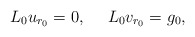
\begin{align*}L_0 u_{r_0} = 0,\ \ \ \ L_0 v_{r_0}= g_0,\end{align*}